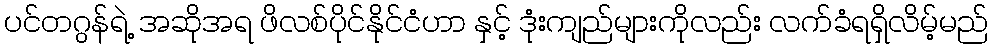
ပင်တဂွန်ရဲ့ အဆိုအရ ဖိလစ်ပိုင်နိုင်ငံဟာ နှင့် ဒုံးကျည်များကိုလည်း လက်ခံရရှိလိမ့်မည်